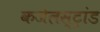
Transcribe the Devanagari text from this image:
कजेलस्ट्रांड